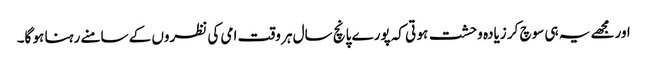
اورمجھے یہ ہی سوچ کر زیادہ وحشت ہو تی کہ پورے پانچ سال ہر وقت امی کی نظروں کے سامنے رہنا ہو گا۔